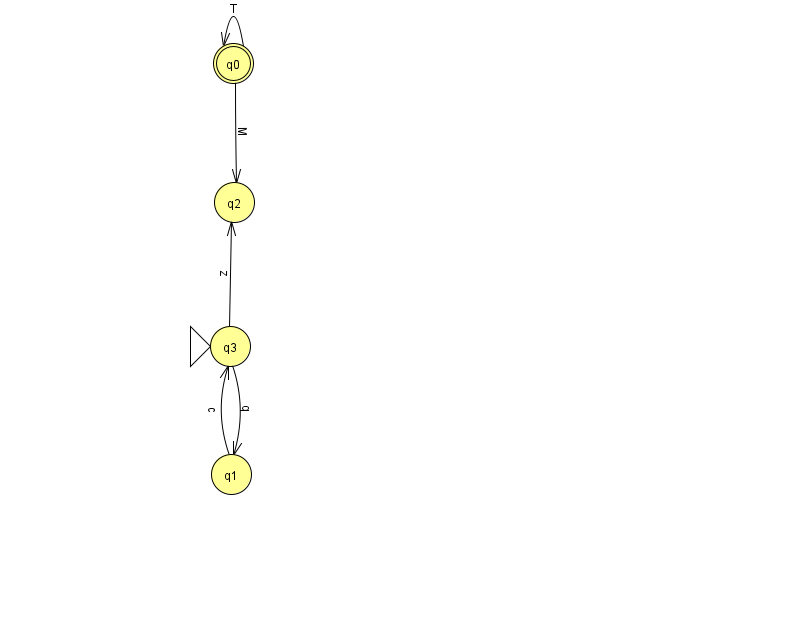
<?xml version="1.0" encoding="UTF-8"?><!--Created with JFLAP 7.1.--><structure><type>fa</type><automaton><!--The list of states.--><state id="0" name="q0"><x>233.0</x><y>50.0</y><final/></state><state id="1" name="q1"><x>231.0</x><y>461.0</y></state><state id="2" name="q2"><x>234.0</x><y>189.0</y></state><state id="3" name="q3"><x>230.0</x><y>333.0</y><initial/></state><!--The list of transitions.--><transition><from>3</from><to>2</to><read>z</read></transition><transition><from>0</from><to>0</to><read>T</read></transition><transition><from>1</from><to>3</to><read>c</read></transition><transition><from>3</from><to>1</to><read>q</read></transition><transition><from>0</from><to>2</to><read>M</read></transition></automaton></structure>